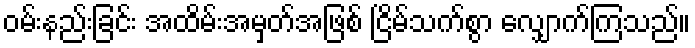
ဝမ်းနည်းခြင်း အထိမ်းအမှတ်အဖြစ် ငြိမ်သက်စွာ လျှောက်ကြသည်။